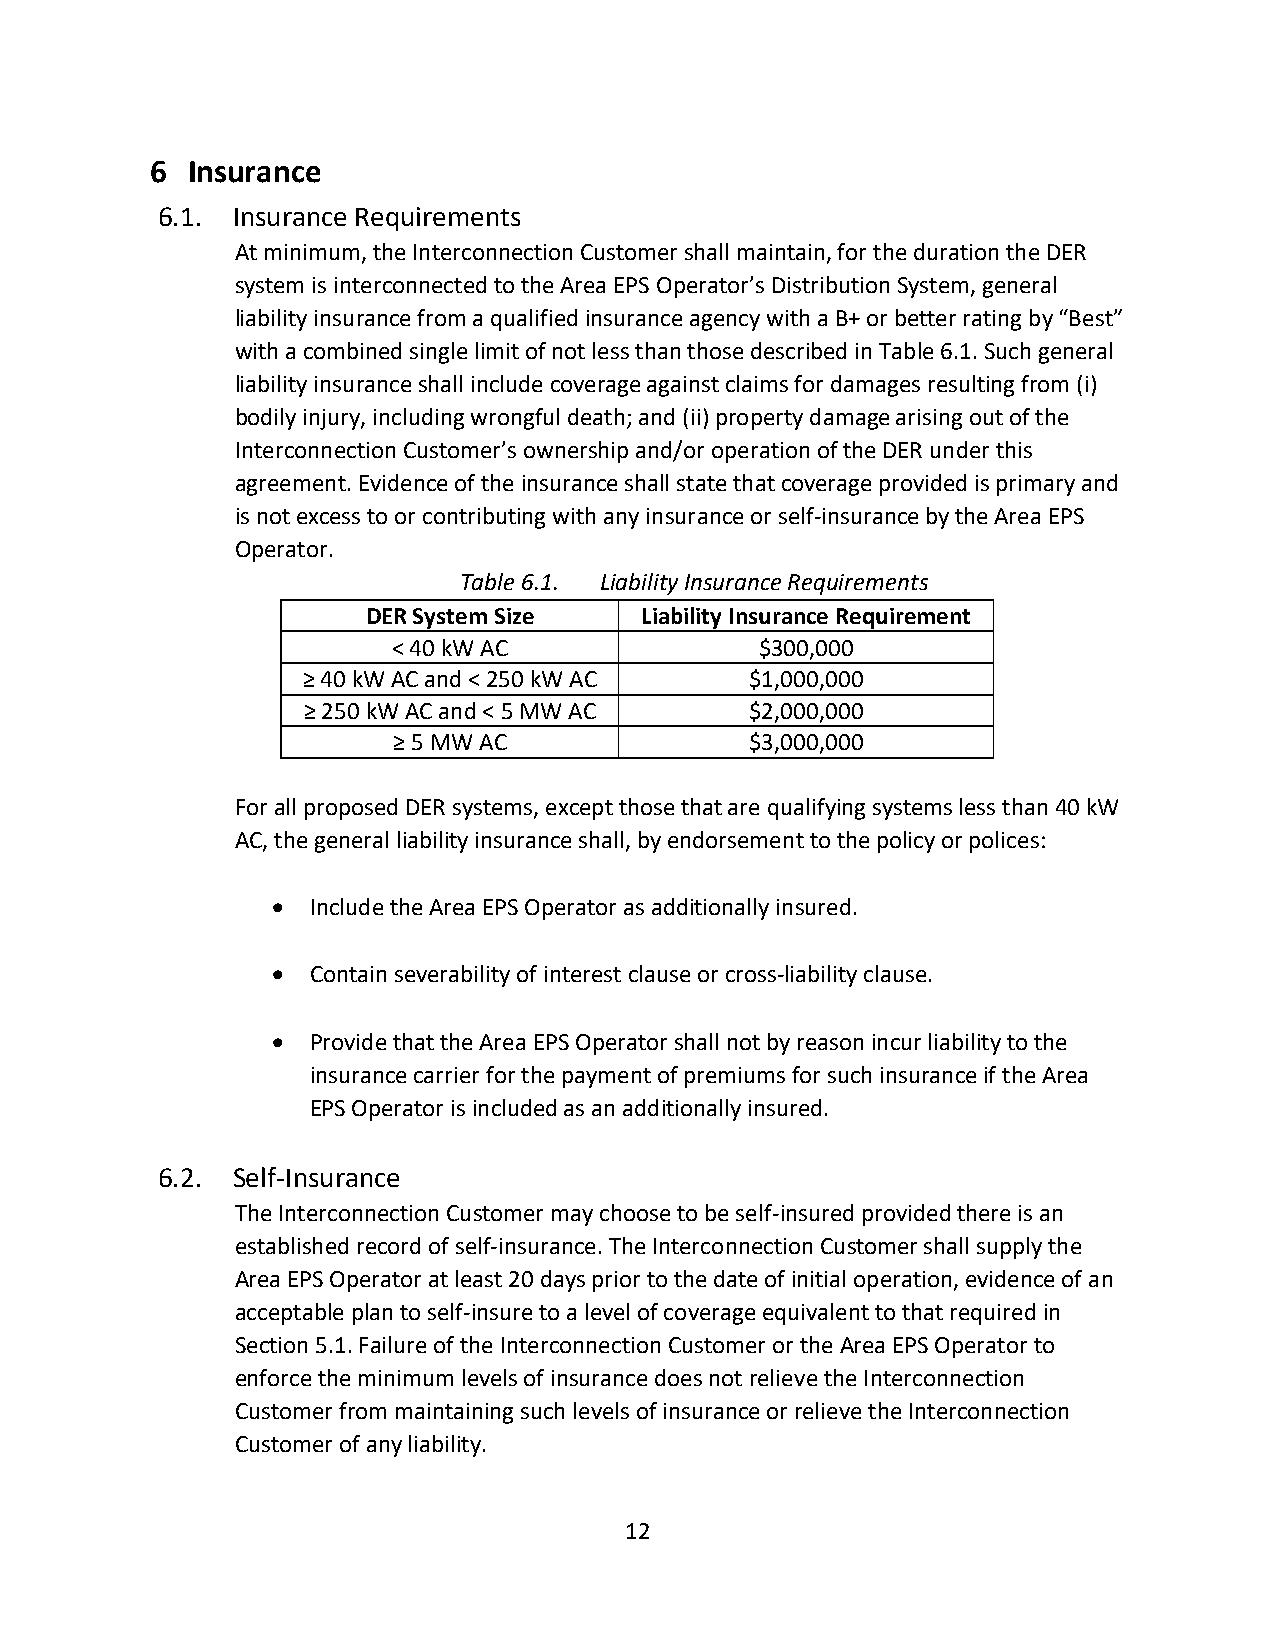
6 Insurance
 6.1. Insurance Requirements
 At minimum, the Interconnection Customer shall maintain, for the duration the DER
 system is interconnected to the Area EPS Operator’s Distribution System, general
 liability insurance from a qualified insurance agency with a B+ or better rating by “Best”
 with a combined single limit of not less than those described in Table 6.1. Such general
 liability insurance shall include coverage against claims for damages resulting from (i)
 bodily injury, including wrongful death; and (ii) property damage arising out of the
 Interconnection Customer’s ownership and/or operation of the DER under this
 agreement. Evidence of the insurance shall state that coverage provided is primary and
 is not excess to or contributing with any insurance or self-insurance by the Area EPS
 Operator.
 Table 6.1. Liability Insurance Requirements
 DER System Size   Liability Insurance Requirement
 < 40 kW AC              $300,000
 ≥ 40 kW AC and < 250 kW AC    $1,000,000
 ≥ 250 kW AC and < 5 MW AC     $2,000,000
 ≥ 5 MW AC               $3,000,000
 For all proposed DER systems, except those that are qualifying systems less than 40 kW
 AC, the general liability insurance shall, by endorsement to the policy or polices:
  Include the Area EPS Operator as additionally insured.
  Contain severability of interest clause or cross-liability clause.
  Provide that the Area EPS Operator shall not by reason incur liability to the
 insurance carrier for the payment of premiums for such insurance if the Area
 EPS Operator is included as an additionally insured.
 6.2. Self-Insurance
 The Interconnection Customer may choose to be self-insured provided there is an
 established record of self-insurance. The Interconnection Customer shall supply the
 Area EPS Operator at least 20 days prior to the date of initial operation, evidence of an
 acceptable plan to self-insure to a level of coverage equivalent to that required in
 Section 5.1. Failure of the Interconnection Customer or the Area EPS Operator to
 enforce the minimum levels of insurance does not relieve the Interconnection
 Customer from maintaining such levels of insurance or relieve the Interconnection
 Customer of any liability.
 12